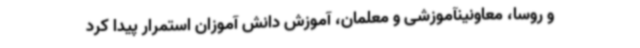
و روسا، معاونینآموزشی و معلمان، آموزش دانش آموزان استمرار پیدا کرد